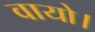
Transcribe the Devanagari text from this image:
वायो।